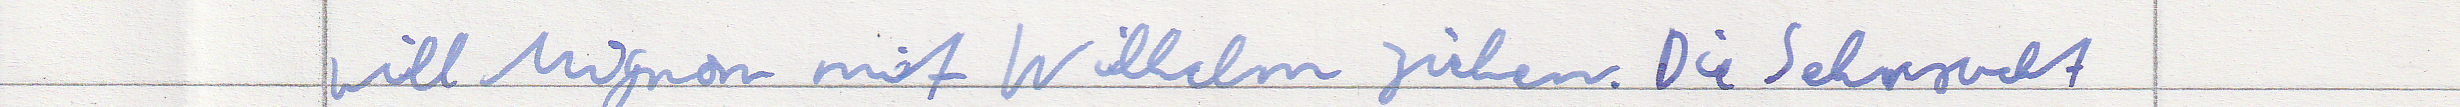
will Mignon mit Wilhelm ziehen. Die Sehnsucht